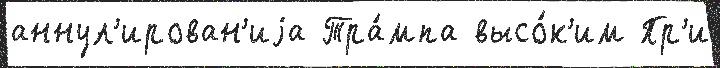
аннул'ирован'иjа Тра́мпа высо́к'им Пр'и